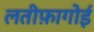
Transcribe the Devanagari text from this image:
लतीफ़ागोई